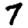
Digit: 7